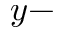
y -